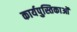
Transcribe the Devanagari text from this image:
कार्यपुस्तिकाओं